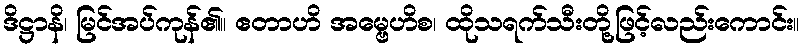
ဒိဋ္ဌာနိ၊ မြင်အပ်ကုန်၏။ ဧတာဟိ အမ္ဗေဟိစ၊ ထိုသရက်သီးတို့ဖြင့်လည်းကောင်း။